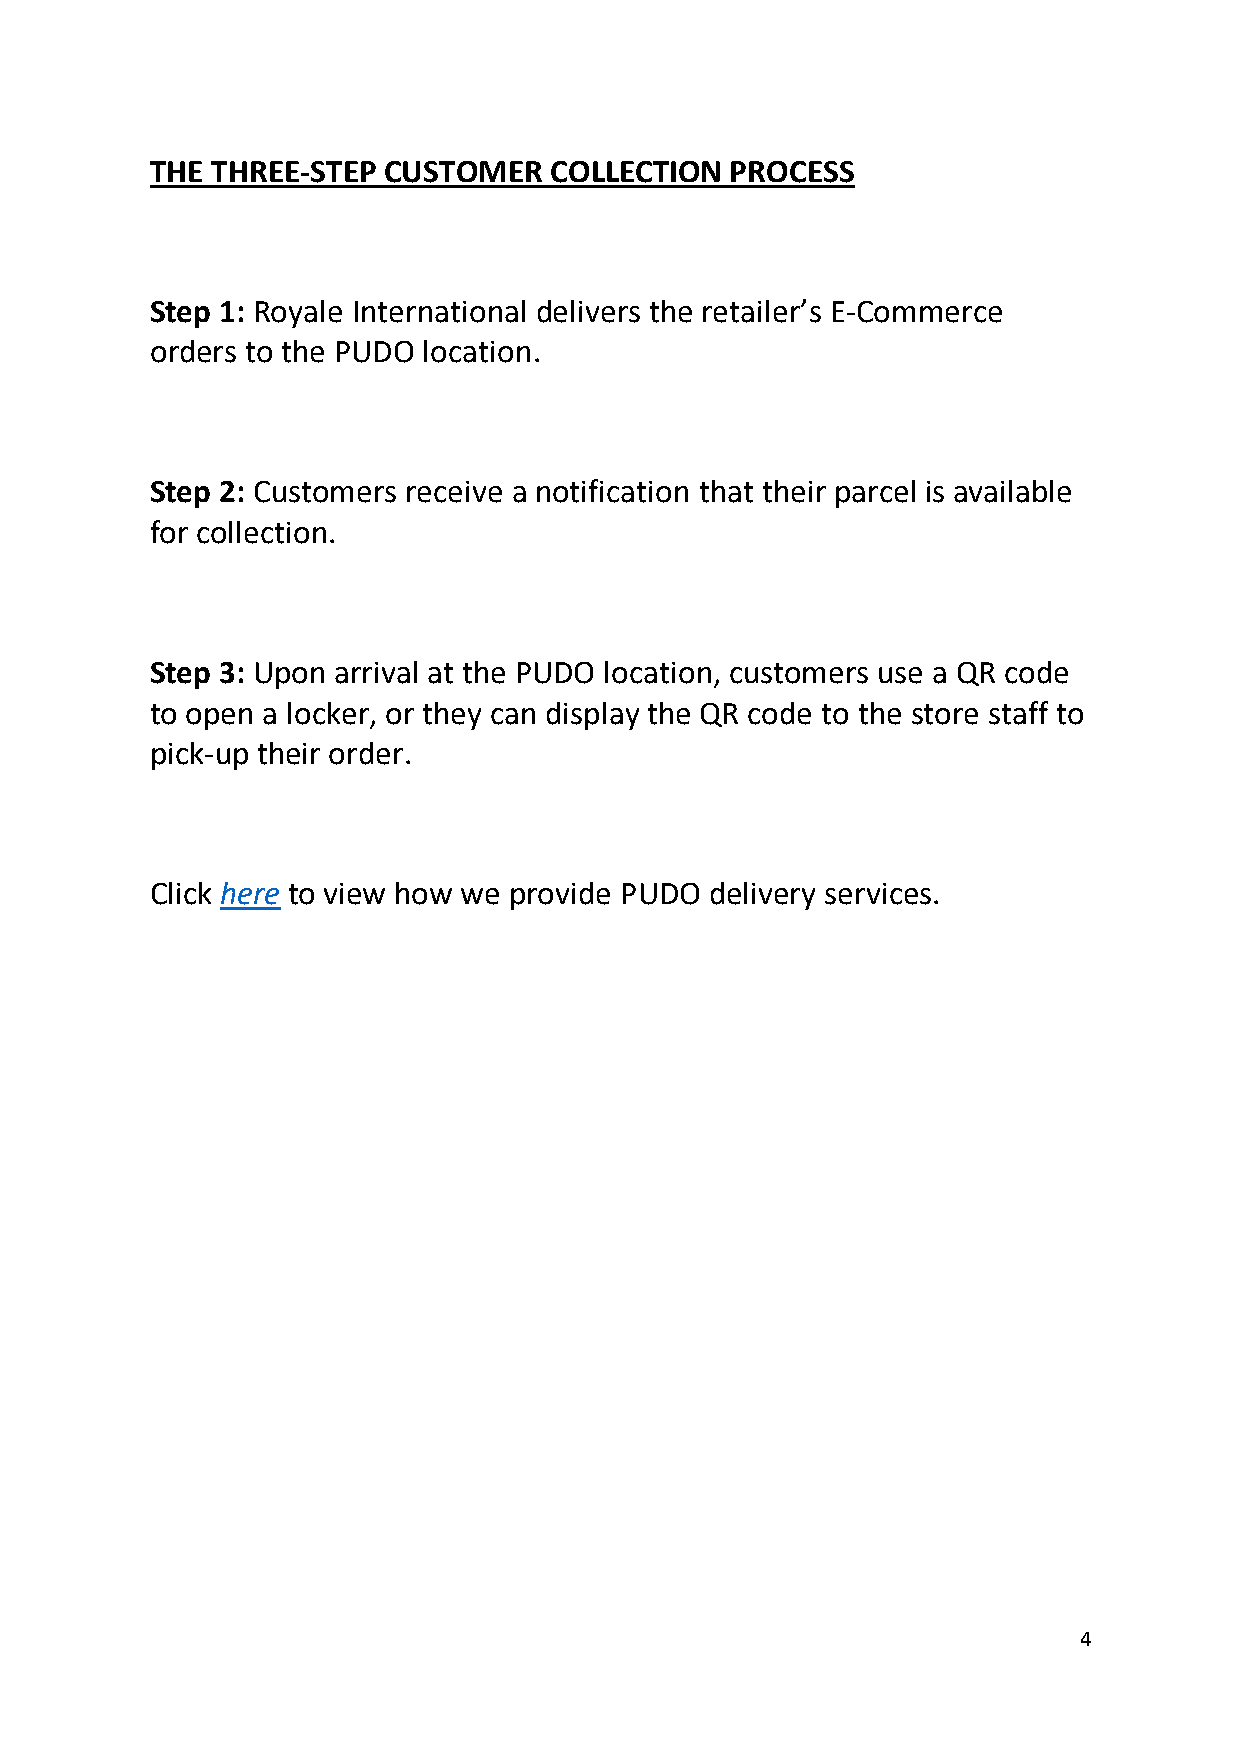
THE THREE-STEP CUSTOMER   COLLECTION  PROCESS
 Step 1: Royale International delivers the retailer’s E-Commerce
 orders to the PUDO location.
 Step 2: Customers receive a notification that their parcel is available
 for collection.
 Step 3: Upon arrival at the PUDO location, customers use a QR code
 to open a locker, or they can display the QR code to the store staff to
 pick-up their order.
 Click here to view how we provide PUDO delivery services.
 4